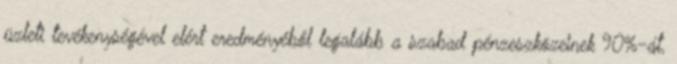
üzleti tevékenységével elért eredményéből legalább a szabad pénzeszközeinek 90%-át,